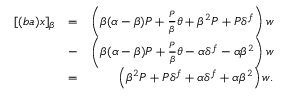
\begin{array} { r l r } { [ ( b a ) x ] _ { \beta } } & { = } & { \left( \beta ( \alpha - \beta ) P + \frac { P } { \beta } \theta + \beta ^ { 2 } P + P \delta ^ { f } \right) w } \\ & { - } & { \left( \beta ( \alpha - \beta ) P + \frac { P } { \beta } \theta - \alpha \delta ^ { f } - \alpha \beta ^ { 2 } \right) w } \\ & { = } & { \left( \beta ^ { 2 } P + P \delta ^ { f } + \alpha \delta ^ { f } + \alpha \beta ^ { 2 } \right) w . } \end{array}